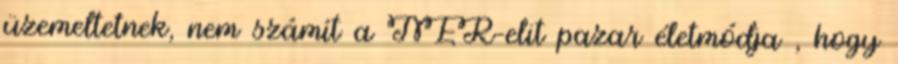
üzemeltetnek, nem számít a NER-elit pazar életmódja , hogy